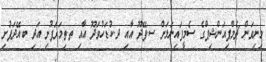
މިނިވަން ޗެމްޕިއަންޝިޕްގެ ސެމީފައިނަލަށް ސ.ފޭދޫ އާއި ދ.ކުޑަހުވަދޫ އާއި ތ.ތިމަރަފުށި އަދި ބ.އޭދަފުށި